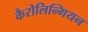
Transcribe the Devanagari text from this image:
कैरोलिन्गियन